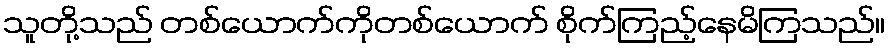
သူတို့သည် တစ်ယောက်ကိုတစ်ယောက် စိုက်ကြည့်နေမိကြသည်။